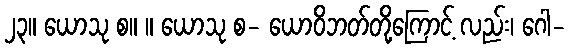
၂၃။ ယောသု စ။ ။ ယောသု စ- ယောဝိဘတ်တို့ကြောင့် လည်း၊ ဂေါ-